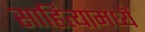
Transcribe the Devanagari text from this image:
साहित्यामध्यॆ